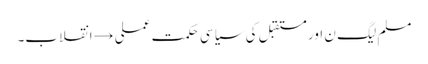
مسلم لیگ ن اور مستقبل کی سیاسی حکمت عملی →	انقلاب۔